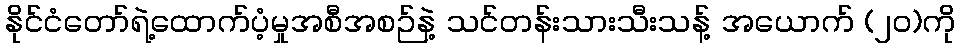
နိုင်ငံတော်ရဲ့ထောက်ပံ့မှုအစီအစဉ်နဲ့ သင်တန်းသားသီးသန့် အယောက် (၂၀)ကို